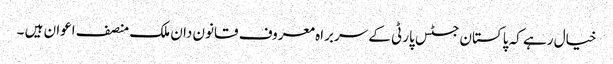
خیال رہے کہ پاکستان جسٹس پارٹی کے سربراہ معروف قانون دان ملک منصف اعوان ہیں ۔